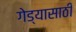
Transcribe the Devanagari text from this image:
गेड्यासाठी